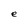
Character: e